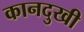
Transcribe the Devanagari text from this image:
कानदुखी